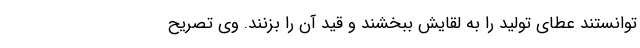
توانستند عطای تولید را به لقایش ببخشند و قید آن را بزنند. وی تصریح